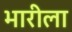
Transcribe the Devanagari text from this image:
भारीला